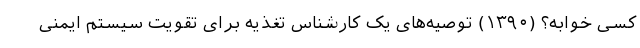
کسی خوابه؟ (۱۳۹۰) توصیه‌های یک کارشناس تغذیه برای تقویت سیستم ایمنی